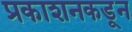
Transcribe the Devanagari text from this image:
प्रकाशनकडून